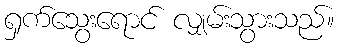
ရှက်သွေးရောင် လျှမ်းသွားသည်။